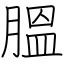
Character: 膃